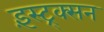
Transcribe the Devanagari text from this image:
इंस्ट्र्क्सन